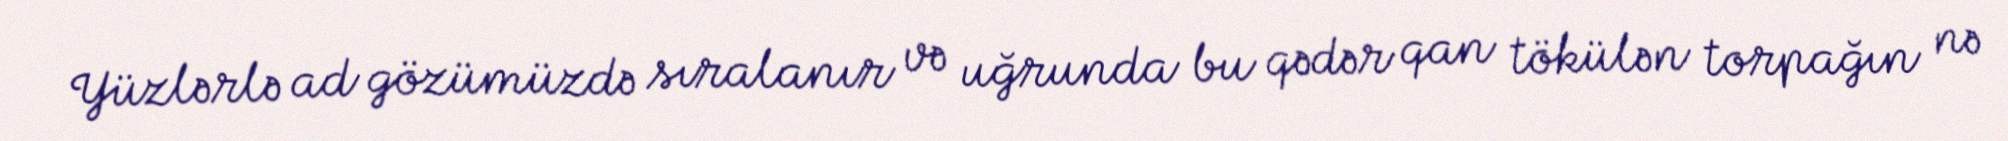
Yüzlərlə ad gözümüzdə sıralanır və uğrunda bu qədər qan tökülən torpağın nə